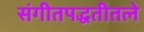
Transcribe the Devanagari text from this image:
संगीतपद्धतीतले